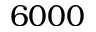
6 0 0 0